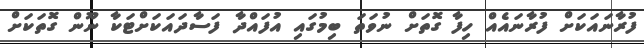
ފުރާނައަކަށް ފުރާނައެއް ހިފާ ގޮތަށް ނުވަތަ ބިމުގައި އުފައްދާ ފަސާދައަކަށްޓަކާ ނޫން ގޮތަކަށް